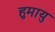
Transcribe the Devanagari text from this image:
हुमायु